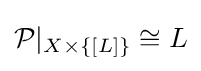
{\mathcal {P}}|_{X\times \{[L]\}}\cong L